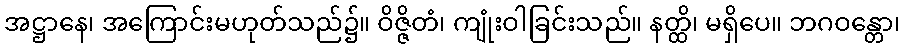
အဋ္ဌာနေ၊ အကြောင်းမဟုတ်သည်၌။ ဝိဇ္ဇိတံ၊ ကျုံးဝါခြင်းသည်။ နတ္ထိ၊ မရှိပေ။ ဘဂဝန္တော၊